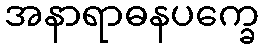
အနာရာဓနပက္ခေ